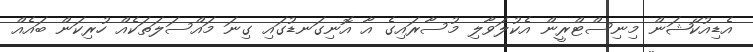
އެޑިއުކޭޝަން މިނިސްޓްރީން އެކުލަވާލި މުސާރައިގެ އާ އޮނިގަނޑުގައި ގިނަ މައްސަލަތަކެއް ހުރިކަން ބައެއް